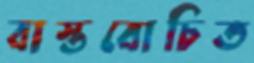
বাস্তবোচিত